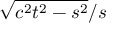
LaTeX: { \sqrt { c ^ { 2 } t ^ { 2 } - s ^ { 2 } } } / s